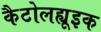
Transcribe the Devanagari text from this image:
कैटोलह्यूइक